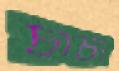
চাচী